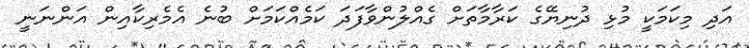
އަދި މިކަމަކީ މުޅި ދުނިޔޭގެ ކަރާމާތަށް ގެއްލުންވާފަދަ ކަމެއްކަމަށް ބުނެ އެމެރިކާއިން އަންނަނީ